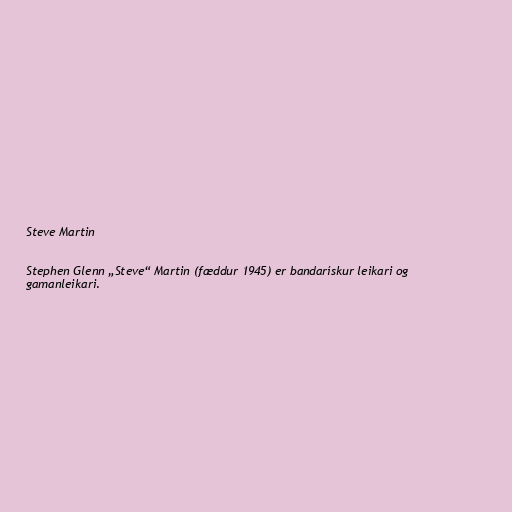
Steve Martin

Stephen Glenn „Steve“ Martin (fæddur 1945) er bandarískur leikari og
gamanleikari.